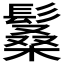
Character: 𩮧